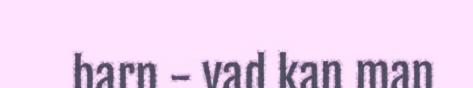
barn - vad kan man